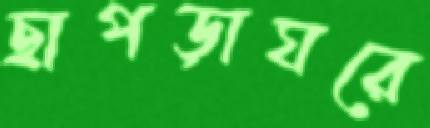
ছাপড়াঘরে